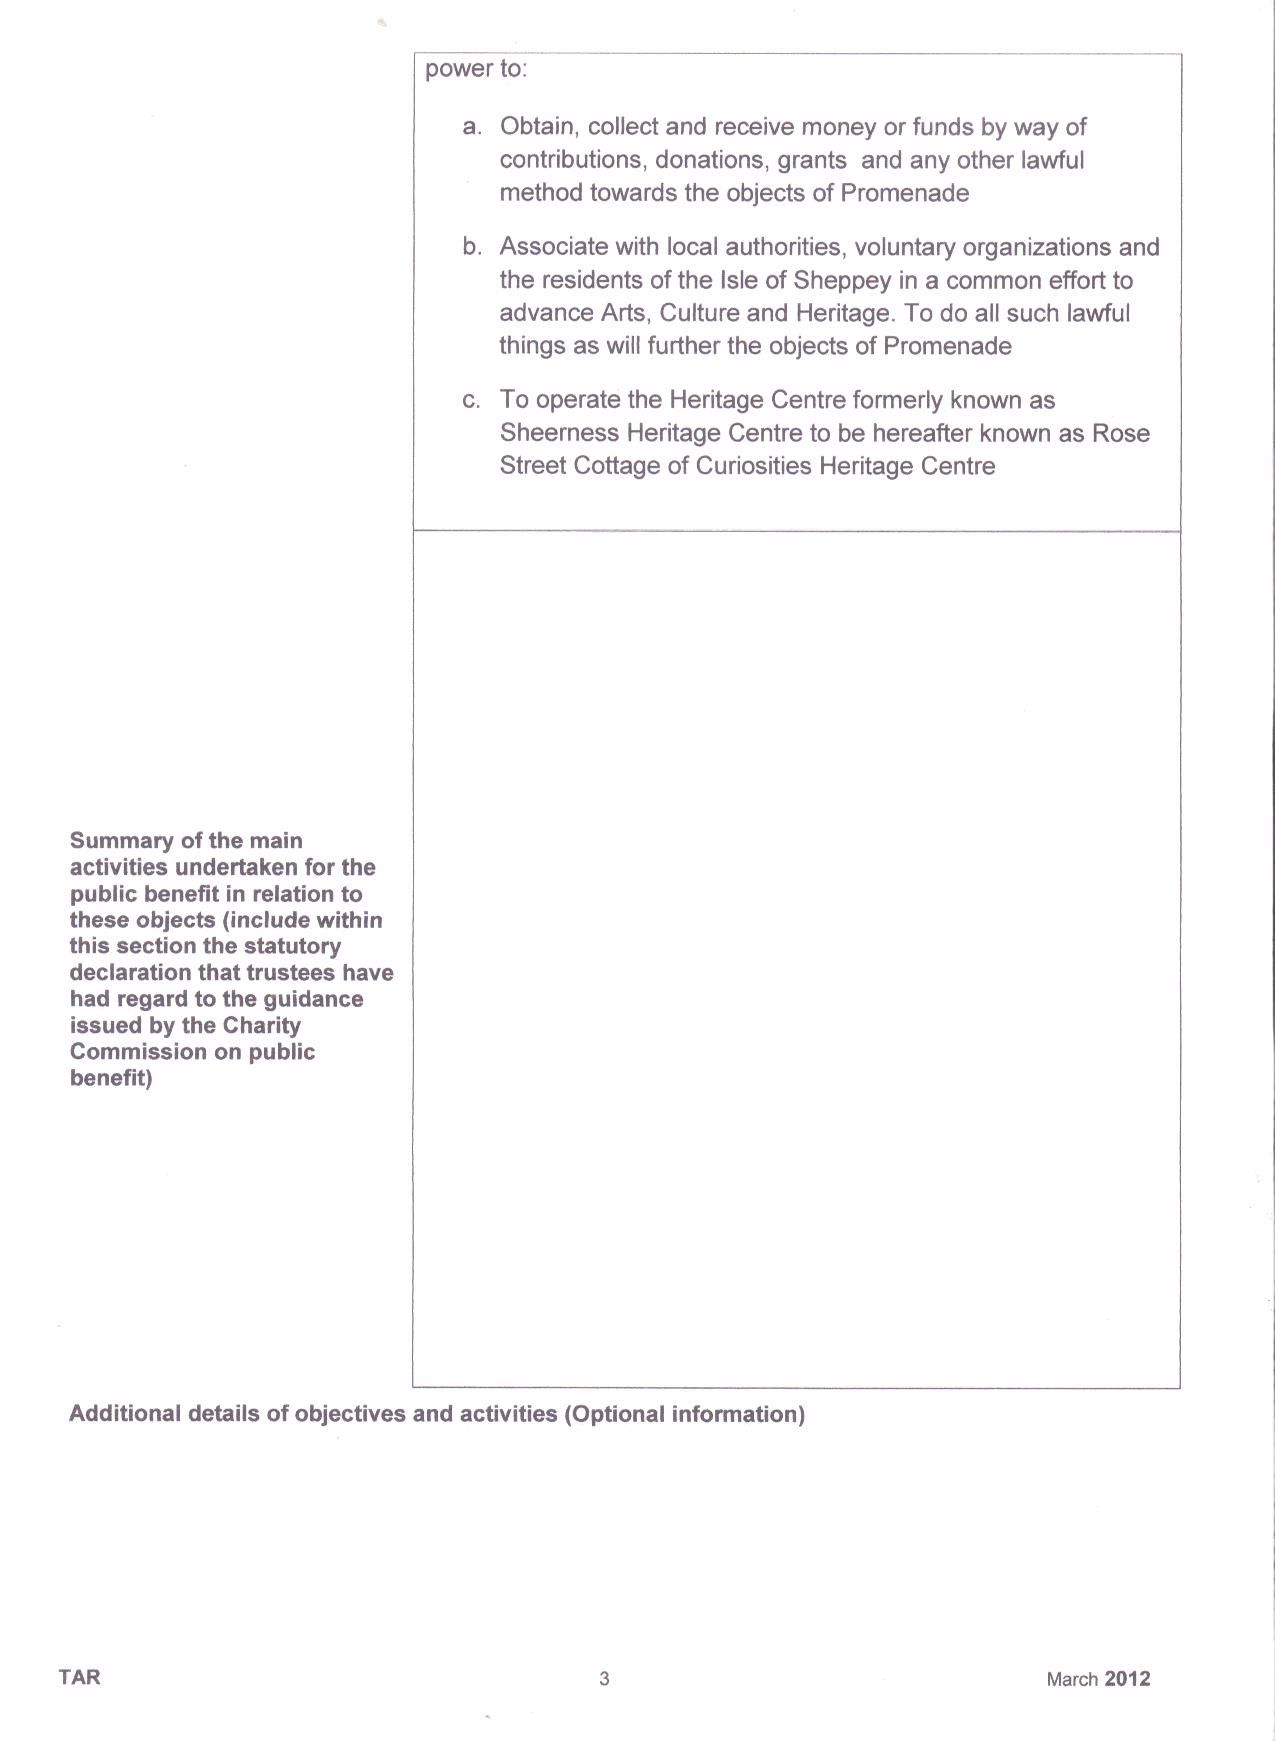
power to:
 a. Obtain, collect and receive money or funds by way of
 contributions, donations, grants and any other lawful
 method towards the objects of Promenade
 b. Associate with local authorities, voluntary organizations and
 the residents ofthe Isle of Sheppey in a common effort to
 advance Arts, Culture and Heritage. To do all such lawful
 things as will further the objects of Promenade
 c. To operate the Heritage Centre formerly known as
 Sheerness Heritage Centre to be hereafter known as Rose
 Street Cottage of Curiosities Heritage Centre
 Summary ofthe main
 activities undertaken for the
 public benefit in relation to
 these objects (include within
 this section the statutory
 declaration that trustees have
 had regard to the guidance
 issued by the Charity
 Commission on public
 benefit)
 Additional details ofobjectives and activities (Optional information)
 TAR                                                              March 2012